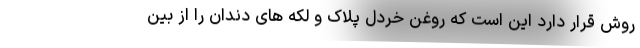
روش قرار دارد این است که روغن خردل پلاک و لکه های دندان را از بین